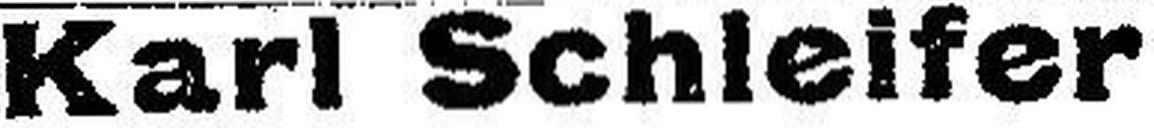
Karl Schleifer